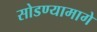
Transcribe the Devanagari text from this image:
सोडण्यामागे